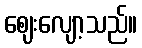
ဈေးလျော့သည်။